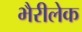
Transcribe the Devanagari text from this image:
भैरीलेक